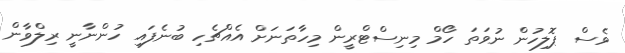
ވެސް ޕޮލިހުން ނުވަތަ ހޯމް މިނިސްޓްރީން މިހާތަނަށް އެއްޗެހި ބުނެފައި ހުންނާނީ ރިލްވާން